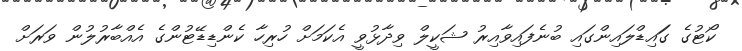
ކޯޓުގެ ގަައިޑްލައިންގައި ބުނެފައިވާއިރު ޝަކީލް ވިދާޅުވީ އެކަމަށް ހުރިހާ ކެންޑިޑޭޓުންގެ އެއްބާރުލުން ވަރަށް